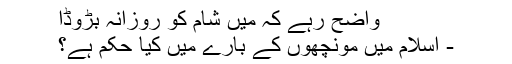
واضح رہے کہ میں شام کو روزانہ بڑوڈا
- اسلام میں مونچھوں کے بارے میں کیا حکم ہے؟